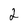
Character: 2